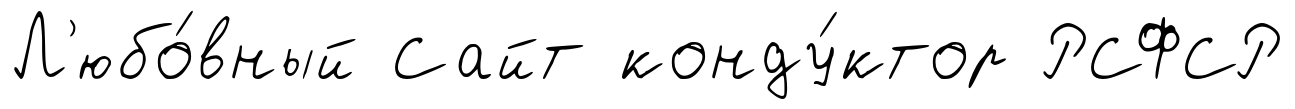
Л'юбо́вный Сайт конду́ктор РСФСР